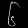
Digit: ၆